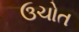
ઉચોત